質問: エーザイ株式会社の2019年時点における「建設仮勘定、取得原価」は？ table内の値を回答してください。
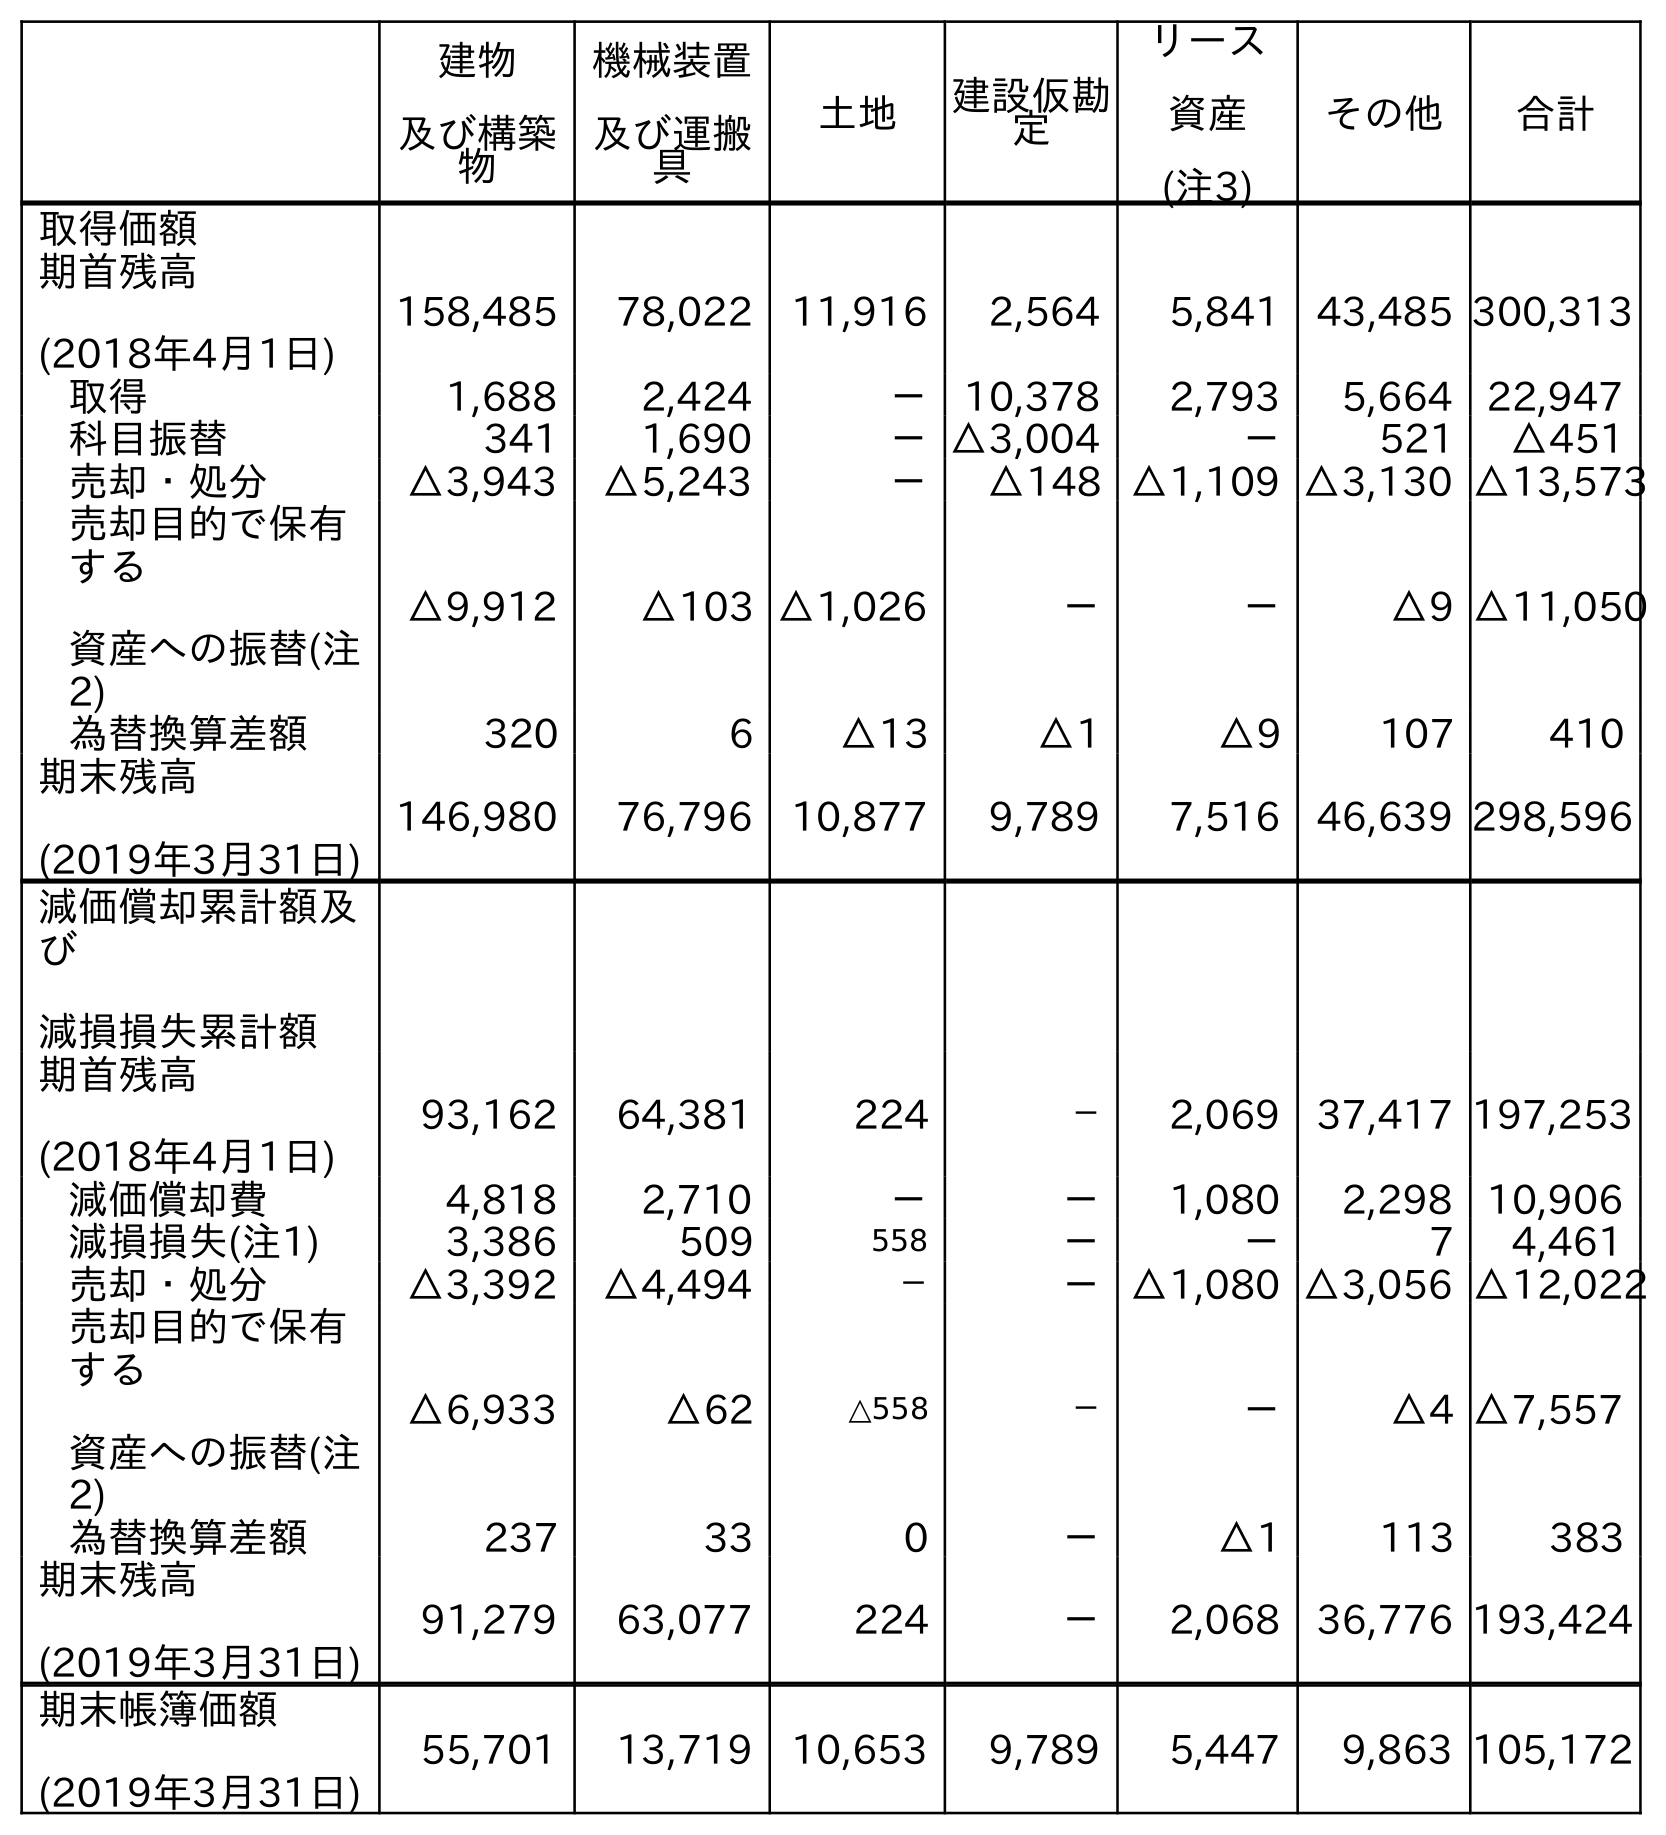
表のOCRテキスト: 建物 及び構築 物 機械装置 及び運搬 具 土地 建設仮勘 定 リース 資産 (注3) その他 合計 取得価額 期首残高 (2018年4月1日) 158,485 78,022 11,916 2,564 5,841 43,485 300,313 取得 1,688 2,424 － 10,378 2,793 5,664 22,947 科目振替 341 1,690 －△3,004 － 521 △451 売却・処分 △3,943 △5,243 － △148 △1,109 △3,130 △13,573 売却目的で保有 する 資産への振替(注 2) △9,912 △103 △1,026 － － △9 △11,050 為替換算差額 320 6 △13 △1 △9 107 410 期末残高 (2019年3月31日) 146,980 76,796 10,877 9,789 7,516 46,639 298,596 減価償却累計額及 び 減損損失累計額 期首残高 (2018年4月1日) 93,162 64,381 224 － 2,069 37,417 197,253 減価償却費 4,818 2,710 － － 1,080 2,298 10,906 減損損失(注1) 3,386 509 558 － － 7 4,461 売却・処分 △3,392 △4,494 － －△1,080 △3,056 △12,022 売却目的で保有 する 資産への振替(注 2) △6,933 △62 △558 － － △4 △7,557 為替換算差額 237 33 0 － △1 113 383 期末残高 (2019年3月31日) 91,279 63,077 224 － 2,068 36,776 193,424 期末帳簿価額 (2019年3月31日) 55,701 13,719 10,653 9,789 5,447 9,863 105,172
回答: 9,789